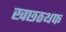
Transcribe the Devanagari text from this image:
खछठथफ